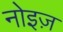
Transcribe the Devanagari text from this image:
नोइज़